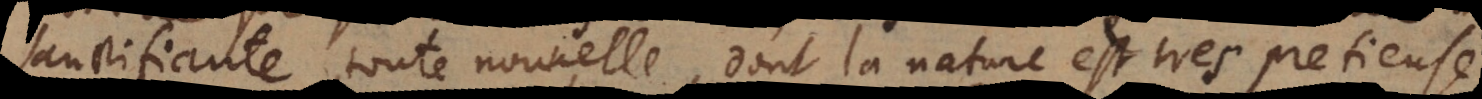
sanctifiante toute nouvelle, dont la nature est tres pretieuse.